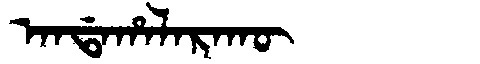
Manchu: ᠠᠨᡩᠠᡥᠠᠯᠠᡵᠠᡴᡡ
Romanization: ANDAHALARAKŪ